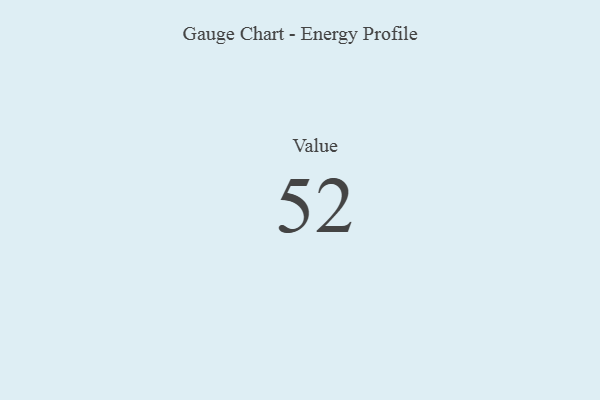
{"axis": {"x": "Metric", "y": "Value"}, "legend": [""], "data": [{"x": "Value", "y": 52, "type": ""}]}